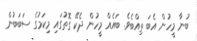
ބުނާ މީހުން އެބަ ތިއްބެވެ. ބައެއް މީހުން ދެކޭ ގޮތުގައި މިކަމުގެ ސަބަބުން